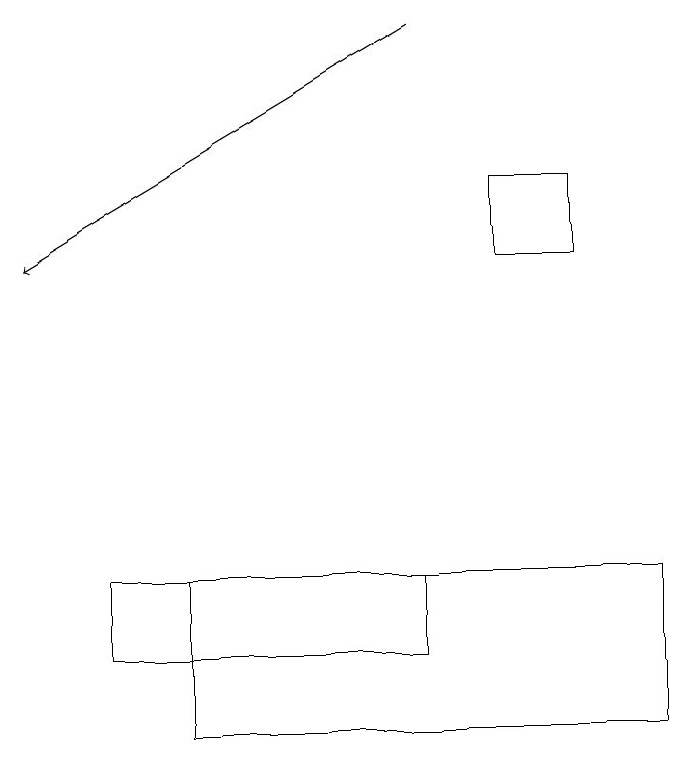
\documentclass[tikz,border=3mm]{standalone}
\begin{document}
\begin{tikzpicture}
\draw (2,10) rectangle (8,12);
\draw[->] (5,19) -- (0,16);
\draw (7,16) rectangle (6,17);
\draw (1,11) rectangle (5,12);
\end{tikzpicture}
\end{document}